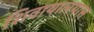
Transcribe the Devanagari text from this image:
शिवायालयास